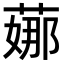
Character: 𦶦